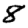
Digit: 8